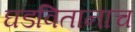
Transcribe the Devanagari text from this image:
घडवितानाच